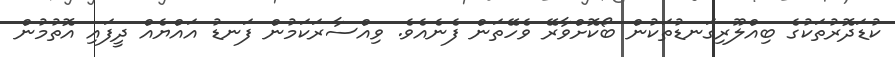
ކުޑަދޮރުތަކުގެ ބިއްލޫރިގަނޑުތަކުން ބޯކޮށްވާރޭ ވެހޭތަން ފެނެއެވެ. ވިއްސާރަކަމުން ފަނޑު އައްޔެއް ދީފައި އޮތުމުން